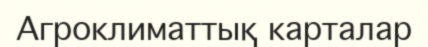
Агроклиматтық карталар